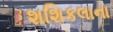
શશિકલાના